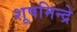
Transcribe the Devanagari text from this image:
शूषमिन्द्रे